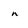
Character: n